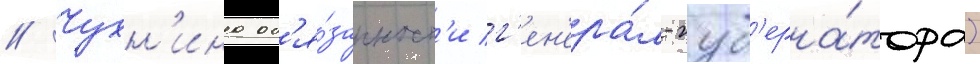
// Чухн'ина об'я́занност'и г'ен'ера́л-губ'ерна́тора)